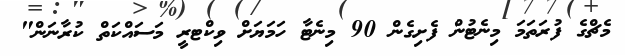
މެޗްގެ ފުރަތަމަ މިނެޓުން ފެށިގެން 90 މިނެޓާ ހަމަޔަށް ވިކްޓރީ މަސައްކަތް ކުރާނަން"